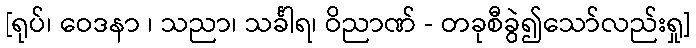
[ရုပ်၊ ဝေဒနာ ၊ သညာ၊ သင်္ခါရ၊ ဝိညာဏ် - တခုစီခွဲ၍သော်လည်းရှု]